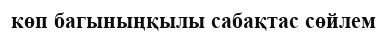
көп багыныңқылы сабақтас сөйлем